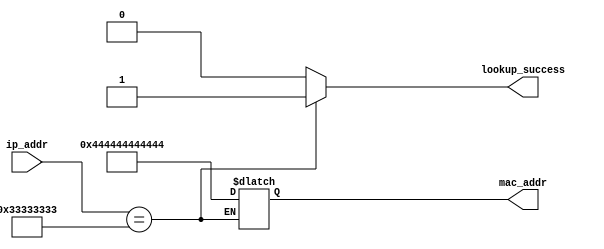
module mac_addr_lookup
(
   input [31:0] ip_addr,
   output reg [47:0] mac_addr,
   output reg lookup_success
);

   reg [31:0] ip_table = 32'h33333333;
   reg success = 0;
   always @(*) begin
      lookup_success = 0;
      if(ip_addr==ip_table) begin
         lookup_success = 1;
         mac_addr = 48'h444444444444;
      end
   end
endmodule